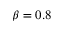
\beta = 0 . 8